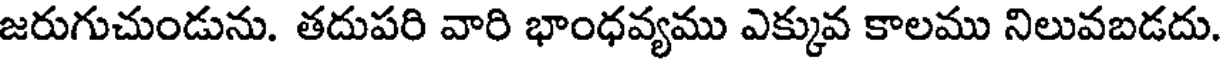
జరుగుచుండును. తదుపరి వారి భాంధవ్యము ఎక్కువ కాలము నిలువబడదు.